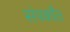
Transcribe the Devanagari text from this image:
संपर्कांत